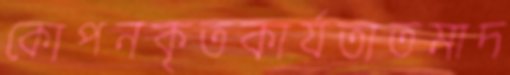
কোপনকৃতকার্যতাতমাদ